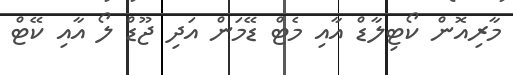
މާރިއޮން ކޯޓިލާޑް އާއި މެޓް ޑޭމަން އަދި ޖޫޑް ލޯ އާއި ކޭޓް